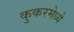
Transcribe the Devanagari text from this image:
कुकरमेध्ये